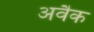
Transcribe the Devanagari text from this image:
अवैक